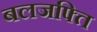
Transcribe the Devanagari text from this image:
बलजफ्ति